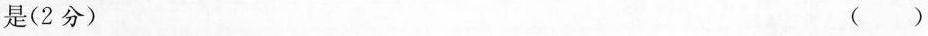
(2分) ( )